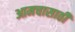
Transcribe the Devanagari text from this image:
आमचासाठी